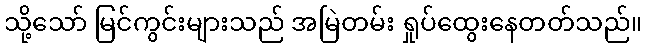
သို့သော် မြင်ကွင်းများသည် အမြဲတမ်း ရှုပ်ထွေးနေတတ်သည်။